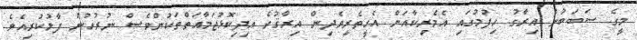
މީގެ ސަބަބުން އިރާގު ހިފުމުގައި އެމެރިކާއަށް އެހީތެރިވެދިން އިރާޤުގެ އިދިކޮޅުޖަމާއަތްތަކުންވެސް ނުރުހުން ފާޅުކުރިއެވެ.